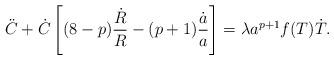
LaTeX: \begin{align*}{\ddot{C}}+ {\dot{C}}\left[(8-p){\frac{{\dot{R}}}{R}}-(p+1){\frac{{\dot{a}}}{a}}\right] = \lambda a^{p+1}f(T){\dot{T}}.\end{align*}